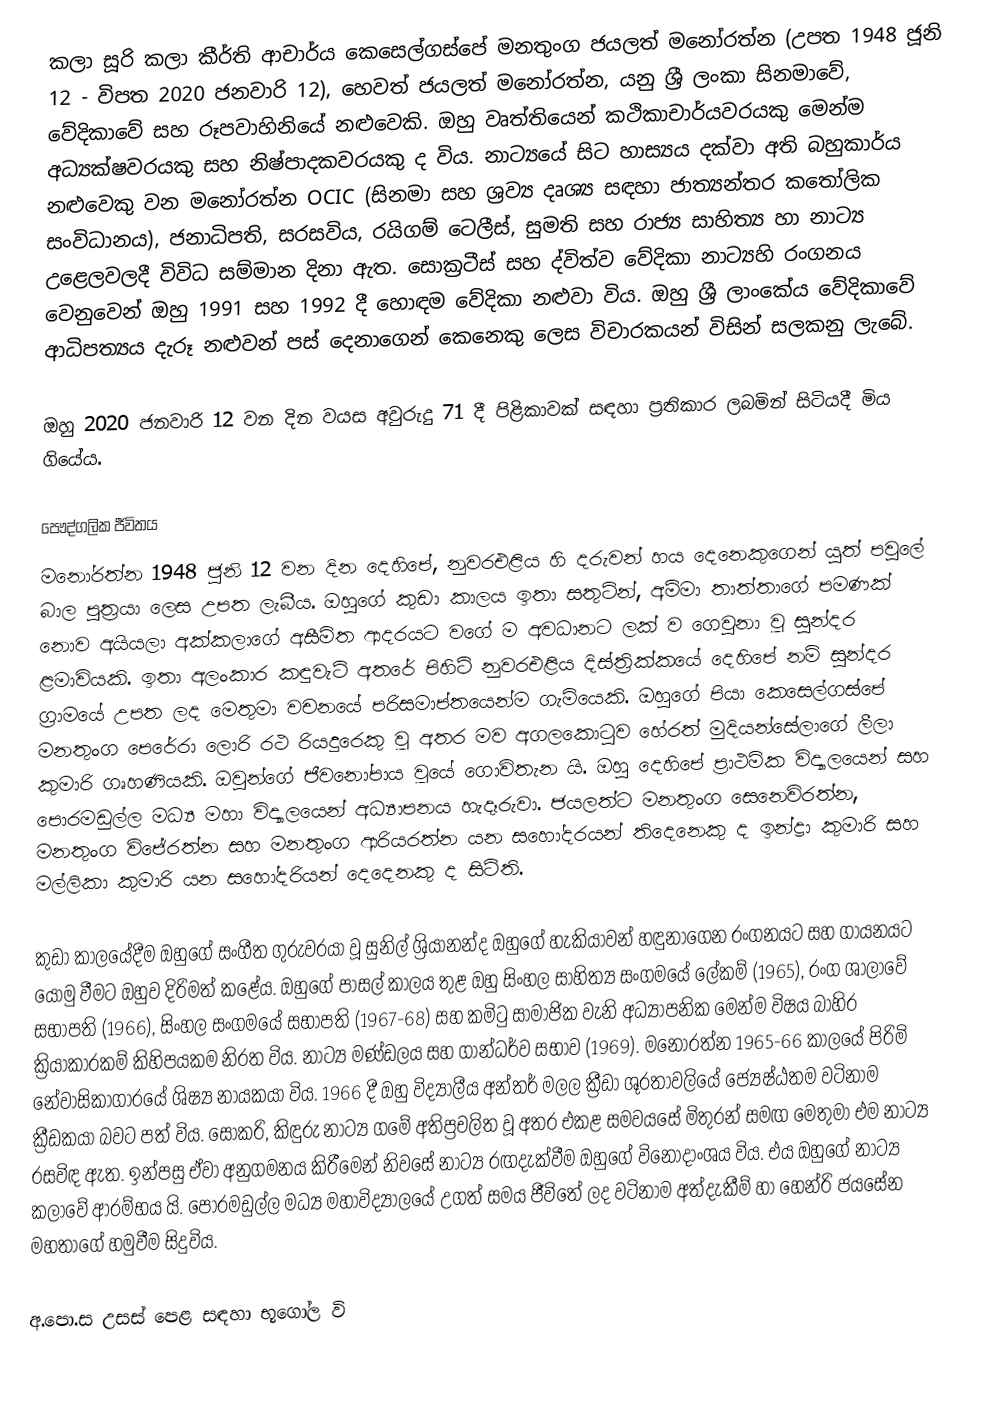
කලා සූරි කලා කීර්ති ආචාර්ය කෙසෙල්ගස්පේ මනතුංග ජයලත් මනෝරත්න (උපත 1948 ජූනි 12 - විපත 2020 ජනවාරි 12), හෙවත් ජයලත් මනෝරත්න, යනු ශ්‍රී ලංකා සිනමාවේ, වේදිකාවේ සහ රූපවාහිනියේ නළුවෙකි. ඔහු වෘත්තියෙන් කථිකාචාර්යවරයකු මෙන්ම අධ්‍යක්ෂවරයකු සහ නිෂ්පාදකවරයකු ද විය. නාට්‍යයේ සිට හාස්‍යය දක්වා අති බහුකාර්ය නළුවෙකු වන මනෝරත්න OCIC (සිනමා සහ ශ්‍රව්‍ය දෘශ්‍ය සඳහා ජාත්‍යන්තර කතෝලික සංවිධානය), ජනාධිපති, සරසවිය, රයිගම් ටෙලීස්, සුමති සහ රාජ්‍ය සාහිත්‍ය හා නාට්‍ය උළෙලවලදී විවිධ සම්මාන දිනා ඇත. සොක්‍රටීස් සහ ද්විත්ව වේදිකා නාට්‍යහි රංගනය වෙනුවෙන් ඔහු 1991 සහ 1992 දී හොඳම වේදිකා නළුවා විය. ඔහු ශ්‍රී ලාංකේය වේදිකාවේ ආධිපත්‍යය දැරූ නළුවන් පස් දෙනාගෙන් කෙනෙකු ලෙස විචාරකයන් විසින් සලකනු ලැබේ.

ඔහු 2020 ජනවාරි 12 වන දින වයස අවුරුදු 71 දී පිළිකාවක් සඳහා ප්‍රතිකාර ලබමින් සිටියදී මිය ගියේය.

පෞද්ගලික ජීවිතය
මනෝරත්න 1948 ජුනි 12 වන දින දෙහිපේ, නුවරඑළිය හි දරුවන් හය දෙනෙකුගෙන් යුත් පවුලේ බාල පුත්‍රයා ලෙස උපත ලැබීය. ඔහුගේ කුඩා කාලය ඉතා සතුටින්, අම්මා තාත්තාගේ පමණක් නොව අයියලා අක්කලාගේ අසීමිත ආදරයට වගේ ම අවධානට ලක් ව ගෙවුනා වූ සුන්දර ළමාවියකි. ඉතා අලංකාර කඳුවැටි අතරේ පිහිටි නුවරඑළිය දිස්ත්‍රික්කයේ දෙහිපේ නම් සුන්දර ග්‍රාමයේ උපත ලද මෙතුමා වචනයේ පරිසමාප්තයෙන්ම ගැමියෙකි. ඔහුගේ පියා කෙසෙල්ගස්පේ මනතුංග පෙරේරා ලොරි රථ රියදුරෙකු වූ අතර මව අගලකොටුව හේරත් මුදියන්සේලාගේ ලීලා කුමාරි ගෘහණියකි. ඔවුන්ගේ ජීවනෝපාය වූයේ ගොවිතැන යි. ඔහු දෙහිපේ ප්‍රාථමික විද්‍යාලයෙන් සහ පොරමඩුල්ල මධ්‍ය මහා විද්‍යාලයෙන් අධ්‍යාපනය හැදෑරුවා. ජයලත්ට මනතුංග සෙනෙවිරත්න, මනතුංග විජේරත්න සහ මනතුංග ආරියරත්න යන සහෝදරයන් තිදෙනෙකු ද ඉන්ද්‍රා කුමාරි සහ මල්ලිකා කුමාරි යන සහෝදරියන් දෙදෙනකු ද සිටිති.

කුඩා කාලයේදීම ඔහුගේ සංගීත ගුරුවරයා වූ සුනිල් ශ්‍රියානන්ද ඔහුගේ හැකියාවන් හඳුනාගෙන රංගනයට සහ ගායනයට යොමු වීමට ඔහුව දිරිමත් කළේය. ඔහුගේ පාසල් කාලය තුළ ඔහු සිංහල සාහිත්‍ය සංගමයේ ලේකම් (1965), රංග ශාලාවේ සභාපති (1966), සිංහල සංගමයේ සභාපති (1967-68) සහ කමිටු සාමාජික වැනි අධ්‍යාපනික මෙන්ම විෂය බාහිර ක්‍රියාකාරකම් කිහිපයකම නිරත විය. නාට්‍ය මණ්ඩලය සහ ගාන්ධර්ව සභාව (1969). මනෝරත්න 1965-66 කාලයේ පිරිමි නේවාසිකාගාරයේ ශිෂ්‍ය නායකයා විය. 1966 දී ඔහු විද්‍යාලීය අන්තර් මලල ක්‍රීඩා ශූරතාවලියේ ජ්‍යෙෂ්ඨතම වටිනාම ක්‍රීඩකයා බවට පත් විය. සොකරි, කිඳුරු නාට්‍ය ගමේ අතිප්‍රචලිත වූ අතර එකළ සමවයසේ මිතුරන් සමඟ මෙතුමා එම නාට්‍ය රසවිඳ ඇත. ඉන්පසු ඒවා අනුගමනය කිරීමෙන් නිවසේ නාට්‍ය රඟදැක්වීම ඔහුගේ විනෝදාංශය විය. එය ඔහුගේ නාට්‍ය කලාවේ ආරම්භය යි. පොරමඩුල්ල මධ්‍ය මහාවිද්‍යාලයේ උගත් සමය ජීවිතේ ලද වටිනාම අත්දැකීම් හා හෙන්රි ජයසේන මහතාගේ හමුවීම සිදුවිය.

අ.පො.ස උසස් පෙළ සඳහා භූගෝල වි